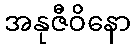
အနုဇီဝိနော